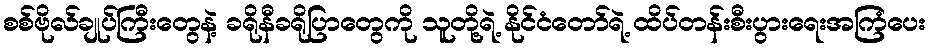
စစ်ဗိုလ်ချုပ်ကြီးတွေနဲ့ ခရိုနီခရိုပြာတွေကို သူတို့ရဲ့ နိုင်ငံတော်ရဲ့ ထိပ်တန်းစီးပွားရေးအကြံပေး